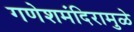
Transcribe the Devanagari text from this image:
गणेशमंदिरामुळे